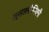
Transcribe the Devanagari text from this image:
त्सालोनिकी